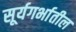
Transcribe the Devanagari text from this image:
सूर्यगर्भातील